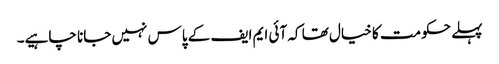
پہلے حکومت کا خیال تھا کہ آئی ایم ایف کے پاس نہیں جانا چاہیے۔